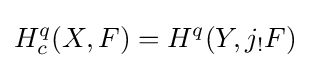
H_{c}^{q}(X,F)=H^{q}(Y,j_{!}F)